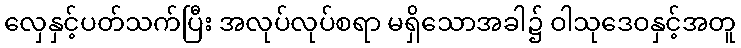
လှေနှင့်ပတ်သက်ပြီး အလုပ်လုပ်စရာ မရှိသောအခါ၌ ဝါသုဒေဝနှင့်အတူ